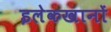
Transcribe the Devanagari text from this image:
इलेकखानों